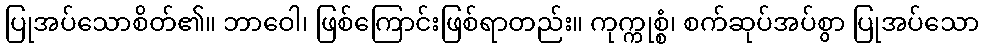
ပြုအပ်သောစိတ်၏။ ဘာဝေါ၊ ဖြစ်ကြောင်းဖြစ်ရာတည်း။ ကုက္ကုစ္စံ၊ စက်ဆုပ်အပ်စွာ ပြုအပ်သော